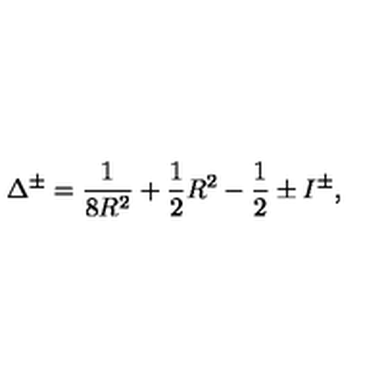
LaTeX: \Delta ^ { \pm } = \frac { 1 } { 8 R ^ { 2 } } + \frac { 1 } { 2 } R ^ { 2 } - \frac { 1 } { 2 } \pm I ^ { \pm } ,